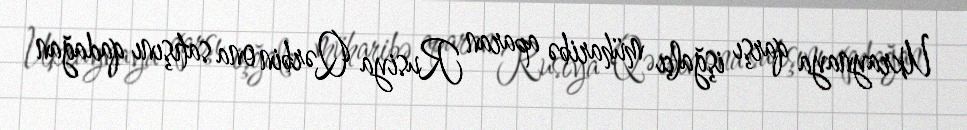
Ukraynaya qarşı işğalçı müharibə aparan Rusiya Qərbin ona satışını qadağan